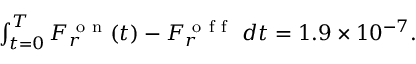
\begin{array} { r } { \int _ { t = 0 } ^ { T } F _ { r } ^ { \mathrm { ~ o ~ n ~ } } ( t ) - F _ { r } ^ { \mathrm { ~ o ~ f ~ f ~ } } \ d t = 1 . 9 \times 1 0 ^ { - 7 } . } \end{array}